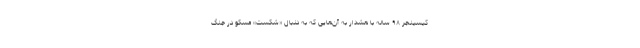
کیسینجر ۹۸ ساله با هشدار به آن‌هایی که به دنبال «شکست» مسکو در جنگ